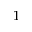
^ { 1 }